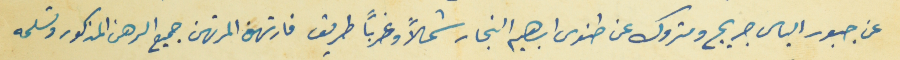
عن جبور الياس جريج ومتروك عن طنوس ابراهيم النجار شمالاً وغرباً طريق فارتهن المرتهن جميع الرهن المذكور وتسلمه